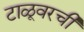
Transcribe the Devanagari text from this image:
टाळूवरची